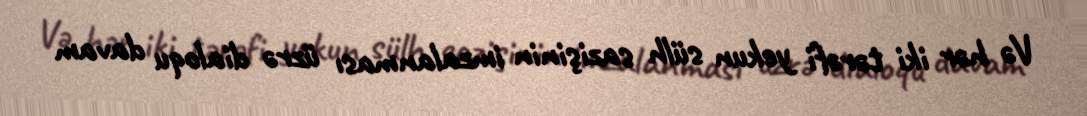
Və hər iki tərəfi yekun sülh sazişinin imzalanması üzrə dialoqu davam